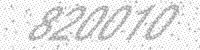
Solution: 820010